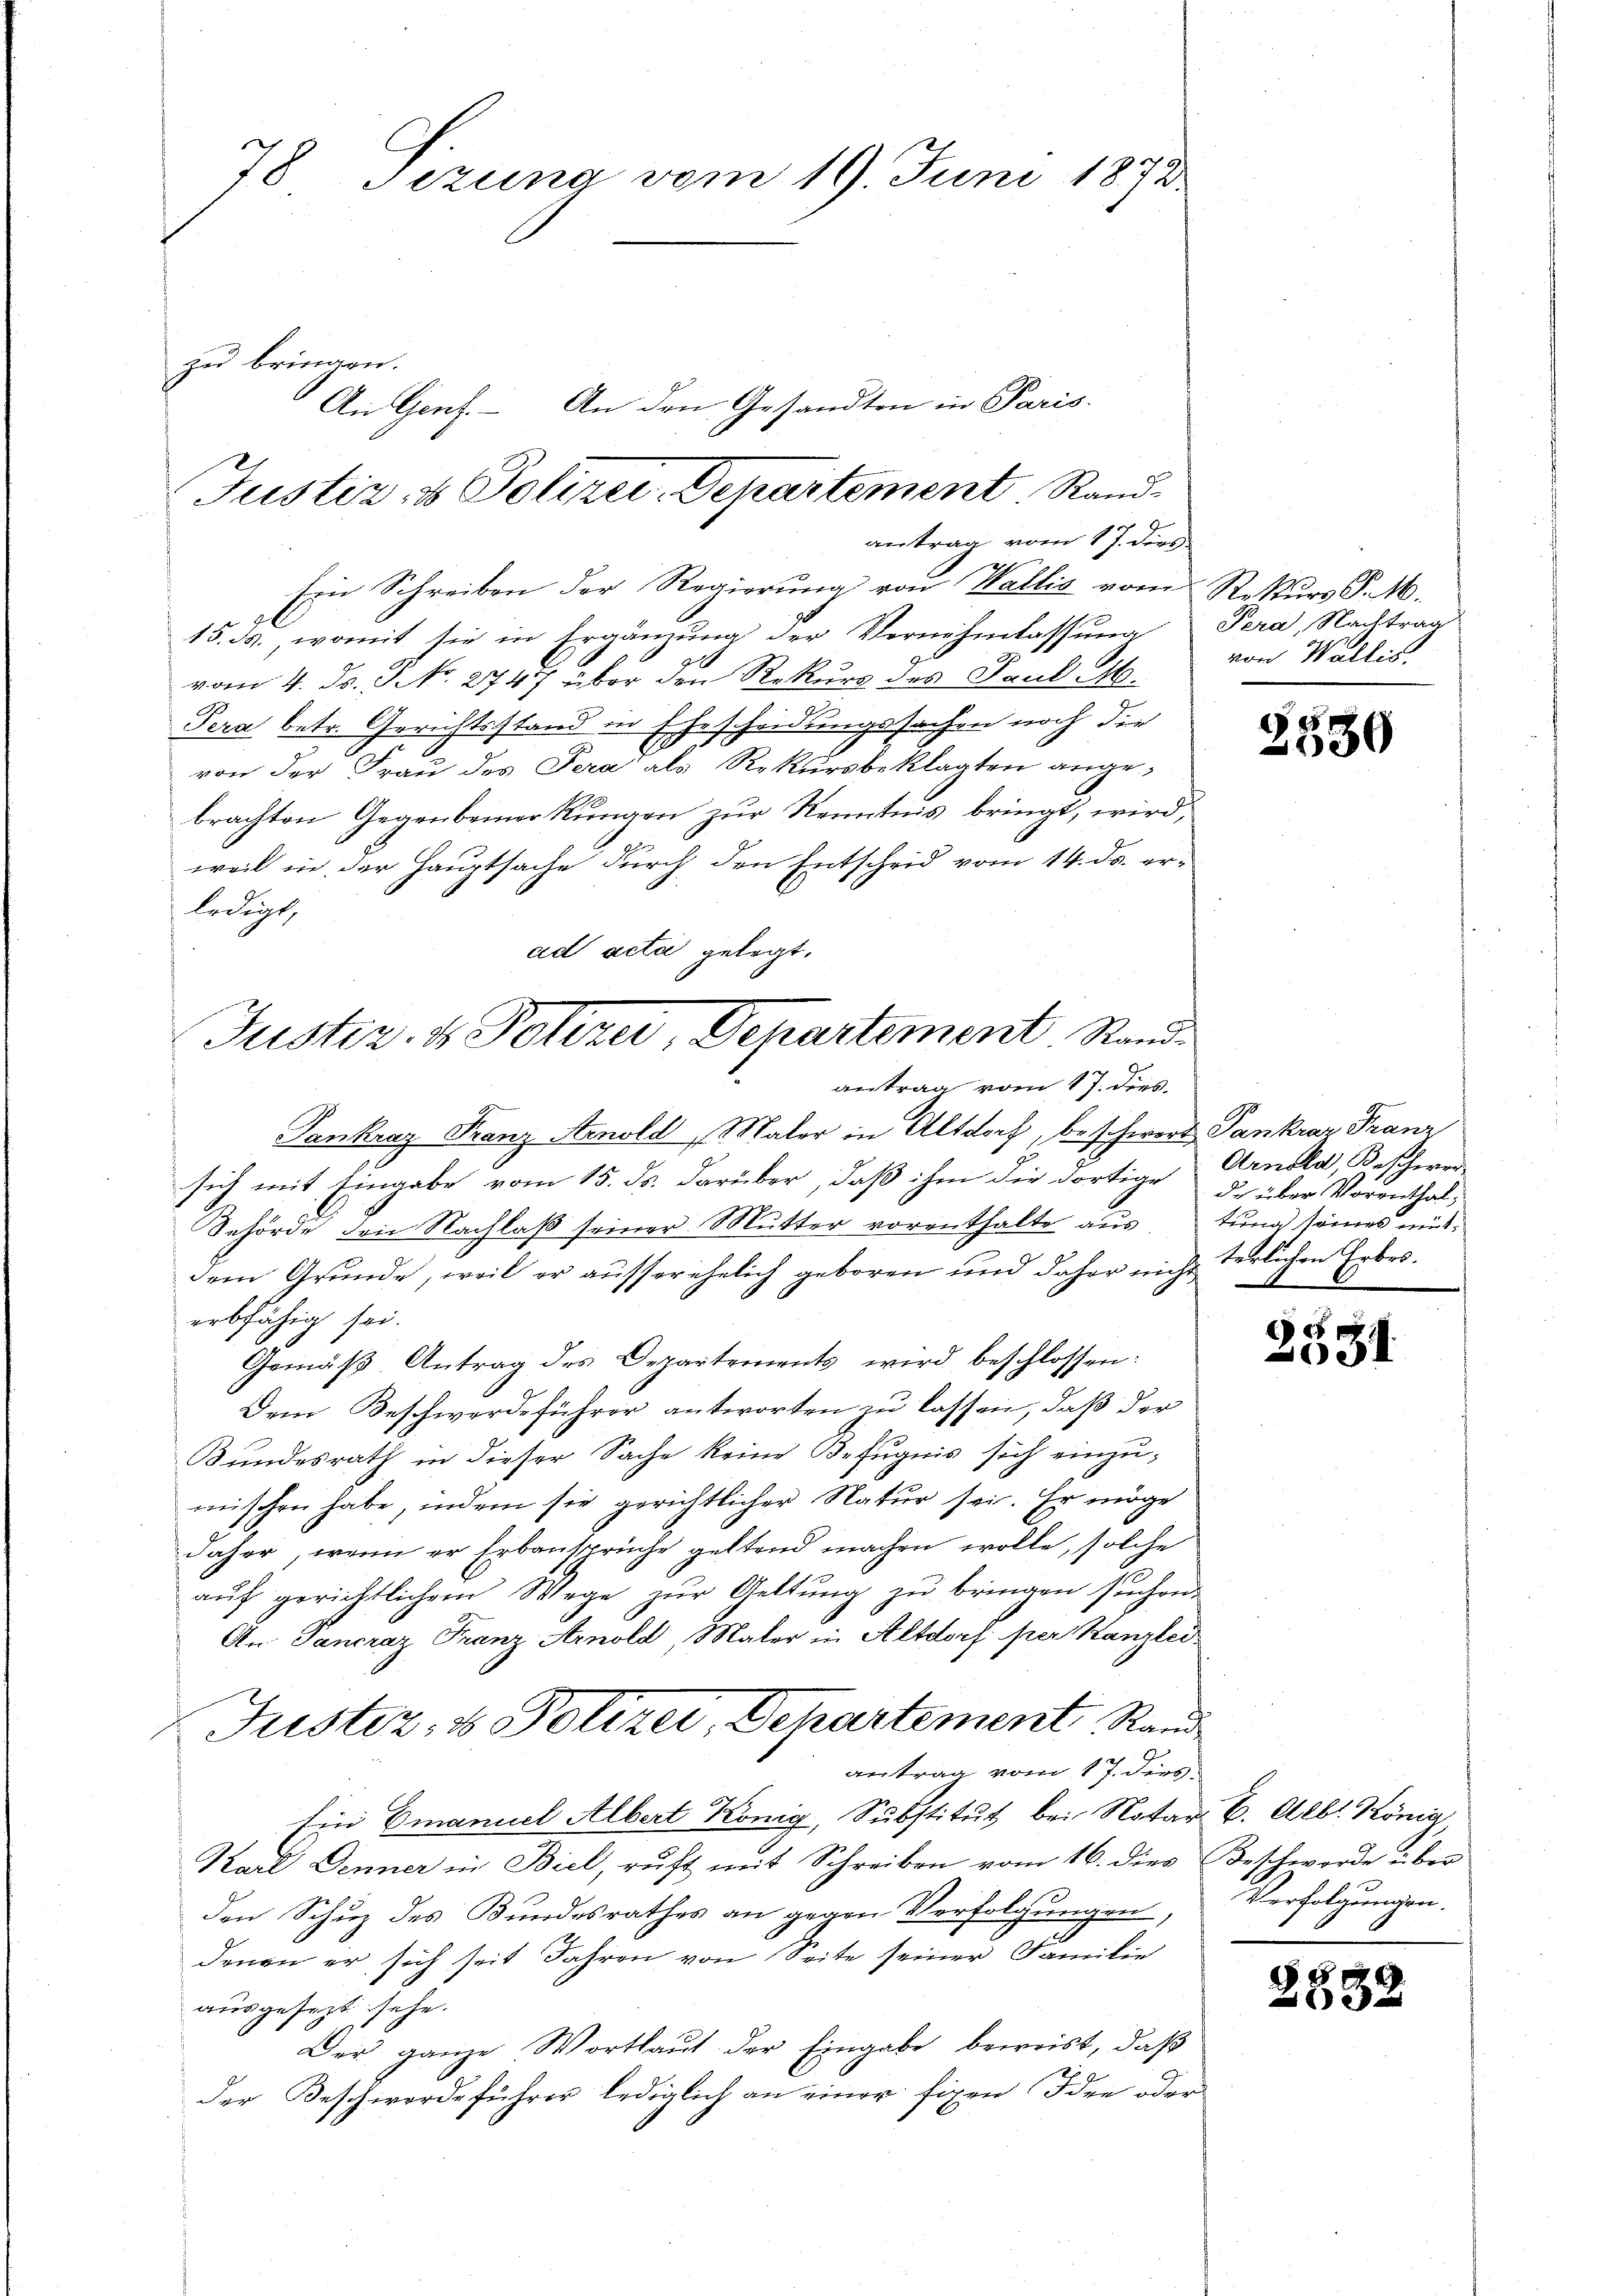
78 Sezung vom 19. Juni 1878
zu bringen.
An Genf. – An den Gesandten in Paris.

Justiz- & Polizei. Departement Randantrag vom 17. ders

Ein Schreiben der Regierung von Wallis vom Rekurs P. M.
15. d. womit sie in Ergänzŭng der Vernehmlassung Pera, Nachtrag
vom 4. d. J. No. 274 über den Rekurs des Paul -
Sera betr. Gerichtsstand in Ehescheidungssachen noch die
von der Frau des Sera als Rekursbeklagten angebrachten Gegenbemerkungen zur Kenntnis bringt, wird,
weil in der Hauptsache durch den Entscheid vom 14. ds. erledigt,
ad acta gelegt.
Justiz- & Polizer, Departement. Stand¬

antrag vom 17. dies

Pankraz Franz Arnold Maler in Altdorf, beschwert Pankrar Franz
sich mit Eingabe vom 15. ds. darüber, daß ihm die dortige der über Vorenthal¬
Behörde den Nachlaß seiner Mutter vorenthalte aus, tung seines mitdem Grunde, weil er ausserehelich geboren und daher nicht
erbfähig sei.
Gemäβ Antrag des Departements wird beschlossen:
Dem Beschwerdeführer antworten zu lassen, daß der
Bundesrath in dieser Sache keine Befugnis sich einzumischen habe, indem sie gerichtlicher Natur sei. Er möge
daher, wenn er Erbansprüche geltend machen wolle, solche
aŭf gerichtlichem Wege zŭr Geltung zŭ bringen suchen.
An Pancraz Franz Arnold, Maler in Altdorf per Kanzlei
Justiz- & Polizer, Departement Rand
antrag vom 17. dies
Ein Emanuel Albert König, Substitut bei Notar C. Albl. Könia
Nach Denner in Biel, ruft mit Schreiben vom 16. dies Beschworde über
den Schuz des Bundesrathes an gegen Verfolgungen,
denen er sich seit Jahren von Seite seiner Familie
ausgesezt sehe.
Der ganze Wortlaut der Eingabe beweist, daß
der Beschwerde führer lediglich an einer fixen Idee oder

von Wallis

Arnold, Beschwerterlichen Erbes.
e

25 x
630

e
031

Verfolgungen.

8838